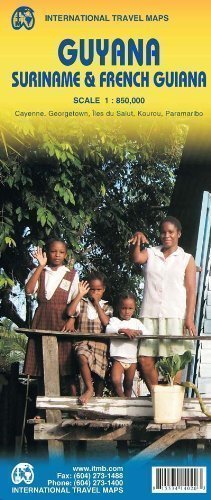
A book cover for Guyana / Surniname / French Guiana itm r/v (r) (International Travel Maps) 3rd (third) Revised Edition by ITMB Publishing published by ITMB Publishing (2012); Travel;